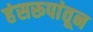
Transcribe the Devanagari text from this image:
हंसरूपांतून